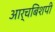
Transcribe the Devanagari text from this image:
आर्चबिशपी